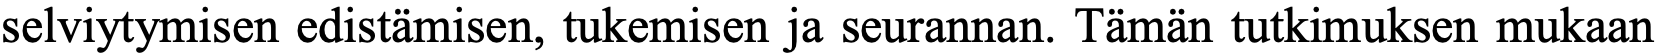
selviytymisen edistämisen, tukemisen ja seurannan. Tämän tutkimuksen mukaan